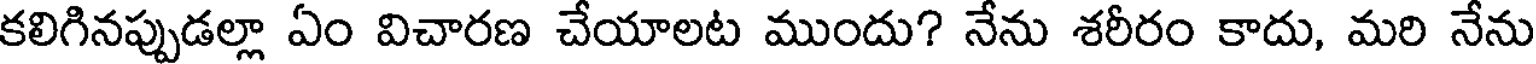
కలిగినప్పుడల్లా ఏం విచారణ చేయాలట ముందు? నేను శరీరం కాదు, మరి నేను